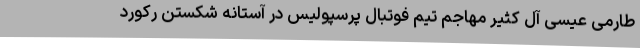
طارمی عیسی آل کثیر مهاجم تیم فوتبال پرسپولیس در آستانه شکستن رکورد